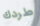
طردك